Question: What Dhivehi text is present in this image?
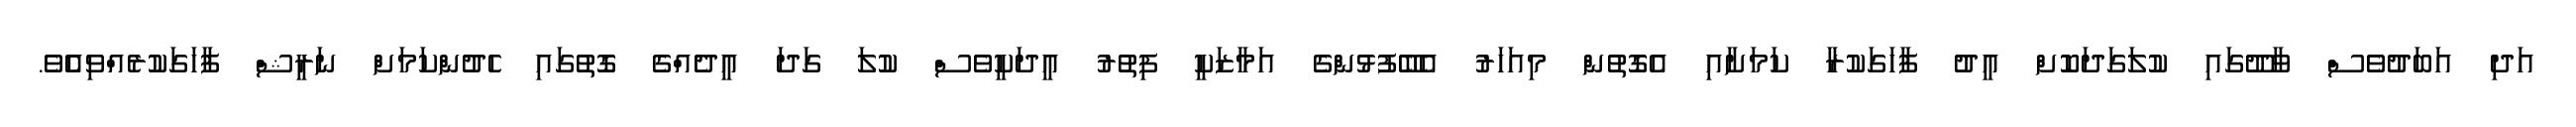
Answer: އަދި އަބަދުވެސް ވާދޫގައި ކުލަގަދަކޮށް އީދު ފާހަގަކުރާ ކަމަށާއި އެގޮތުން މިއަހަރު އެބޭފުޅުންގެ އަމާޒަކީ ފިތުރު އީދަކީވެސް ކުލަ ގަދަ އީދެއްގެ ގޮތުގައި ހެދުންކަމަށް ނަރީޝް ފާހަގަކުރެއްވިއެެވެ.